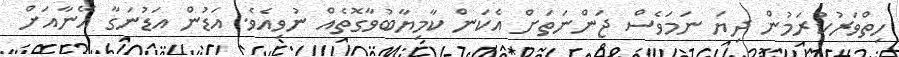
ހިތްވަރުކުރަމުން ދިޔަ ނަމަވެސް ޖަންނަތަށް އެކަން ކާމިޔާބުވާގޮތެއް ނުވިއެވެ. އަޑުން އަޑުނަގާ އޭނާއަށް